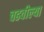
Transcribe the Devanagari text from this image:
चढवील्या